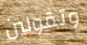
وتقولين